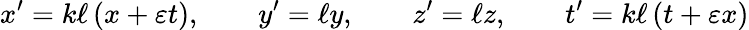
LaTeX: x^{\prime}=k\ell\left(x+\varepsilon t\right),\qquad y^{\prime}=\ell y,\qquad z^{\prime}=\ell z,\qquad t^{\prime}=k\ell\left(t+\varepsilon x\right)